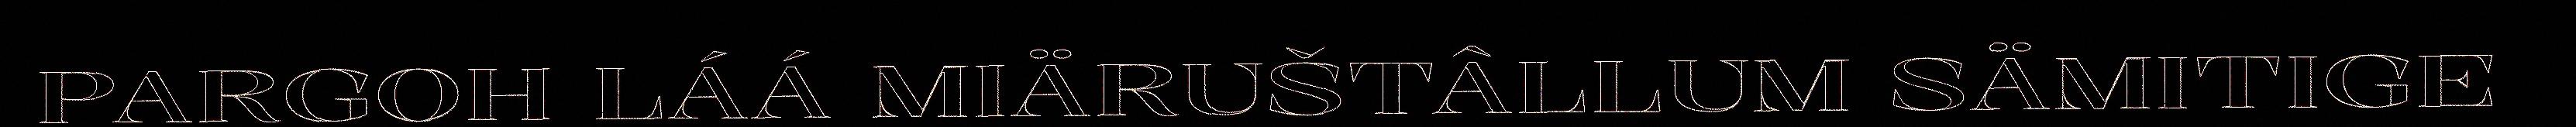
PARGOH LÁÁ MIÄRUŠTÂLLUM SÄMITIGE